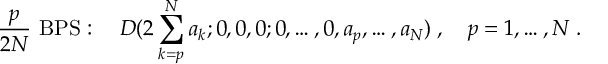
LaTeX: { \frac { p } { 2 N } } \mathrm { ~ B P S } : \quad { \cal D } ( 2 \sum _ { k = p } ^ { N } a _ { k } ; 0 , 0 , 0 ; 0 , \ldots , 0 , a _ { p } , \ldots , a _ { N } ) \; , \quad p = 1 , \ldots , N \; .